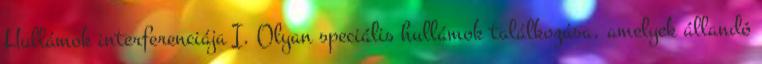
Hullámok interferenciája I. Olyan speciális hullámok találkozása, amelyek állandó